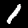
Digit: 1